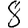
Digit: 8